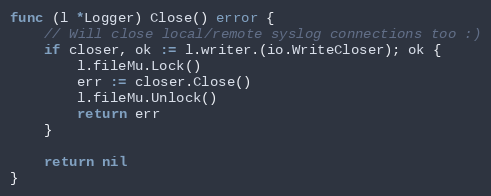
Language: Go
func (l *Logger) Close() error {
	// Will close local/remote syslog connections too :)
	if closer, ok := l.writer.(io.WriteCloser); ok {
		l.fileMu.Lock()
		err := closer.Close()
		l.fileMu.Unlock()
		return err
	}

	return nil
}